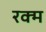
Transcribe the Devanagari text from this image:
रक्म